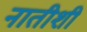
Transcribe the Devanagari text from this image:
नातीशी